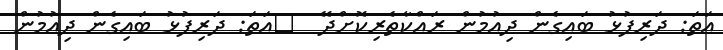
އަތަ: ދަރިފުޅު ބައިގެން ދިއުމުން ރައްކާތެރިކޮށްދޭ  	އަތަ: ދަރިފުޅު ބައިގެން ދިއުމުން